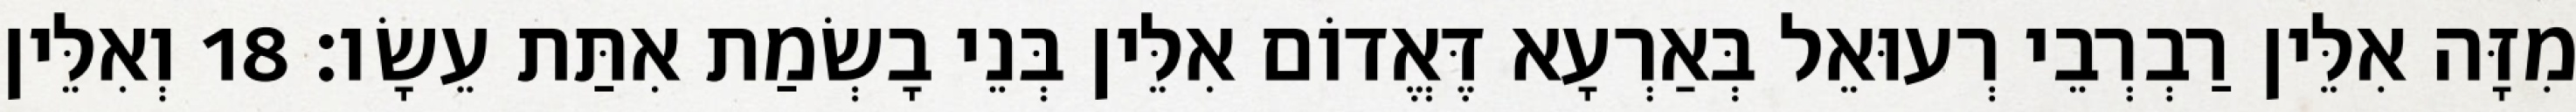
מִזָּה אִלֵּין רַבְרְבֵי רְעוּאֵל בְּאַרְעָא דֶּאֱדוֹם אִלֵּין בְּנֵי בָשְׂמַת אִתַּת עֵשָׂו׃ 18 וְאִלֵּין